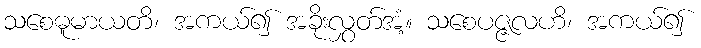
သစေဓူမာယတိ၊ အကယ်၍ အခိုးလွှတ်အံ့။ သစေပဇ္ဇလဟိ၊ အကယ်၍